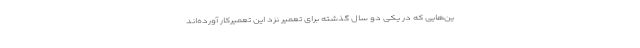
ین‌هایی که در یکی دو سال گذشته برای تعمیر نزد این تعمیرکار آورده‌اند